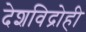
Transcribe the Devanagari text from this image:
देशविद्रोही